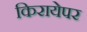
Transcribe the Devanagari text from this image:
किरायेपर